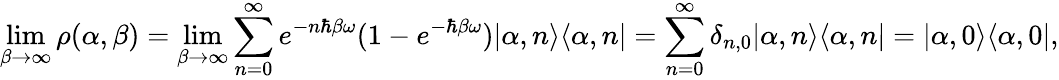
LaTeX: \operatorname*{lim}_{\beta\to\infty}\rho(\alpha,\beta)=\operatorname*{lim}_{\beta\to\infty}\sum_{n=0}^{\infty}e^{-n\hbar\beta\omega}(1-e^{-\hbar\beta\omega})|\alpha,n\rangle\langle\alpha,n|=\sum_{n=0}^{\infty}\delta_{n,0}|\alpha,n\rangle\langle\alpha,n|=|\alpha,0\rangle\langle\alpha,0|,